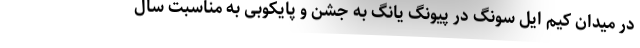
در میدان کیم ایل سونگ در پیونگ یانگ به جشن و پایکوبی به مناسبت سال